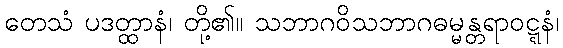
တေသံ ပဒတ္ထာနံ၊ တို့၏။ သဘာဂဝိသဘာဂဓမ္မန္တရာဝဋ္ဋနံ၊